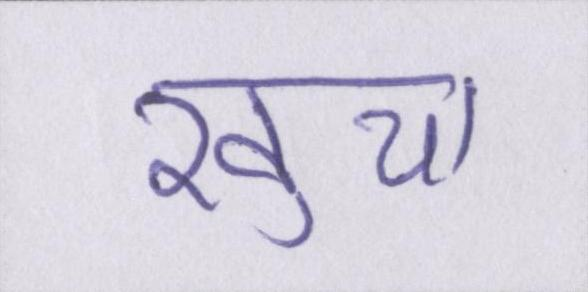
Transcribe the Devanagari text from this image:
खुचा